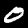
Digit: 0